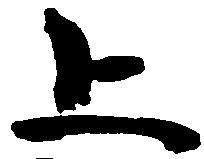
上